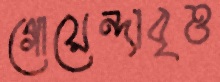
গোয়েন্দাবৃত্ত